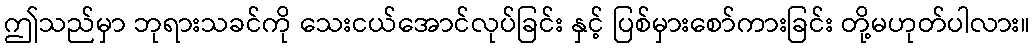
ဤသည်မှာ ဘုရားသခင်ကို သေးငယ်အောင်လုပ်ခြင်း နှင့် ပြစ်မှားစော်ကားခြင်း တို့မဟုတ်ပါလား။